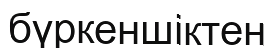
бүркеншіктен